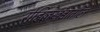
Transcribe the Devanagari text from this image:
रोहिलखंडातील